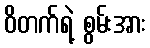
ဝိတက်ရဲ့ စွမ်းအား